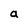
Character: a